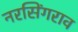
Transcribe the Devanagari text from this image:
नरसिंगराव